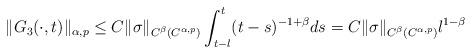
LaTeX: \begin{align*}\|G_3(\cdot, t)\|_{\alpha, p}\le C\|\sigma\|_{C^{\beta}(C^{\alpha,p})}\int_{t-l}^t(t-s)^{-1+\beta}ds = C\|\sigma\|_{C^{\beta}(C^{\alpha,p})} l^{1-\beta}\end{align*}